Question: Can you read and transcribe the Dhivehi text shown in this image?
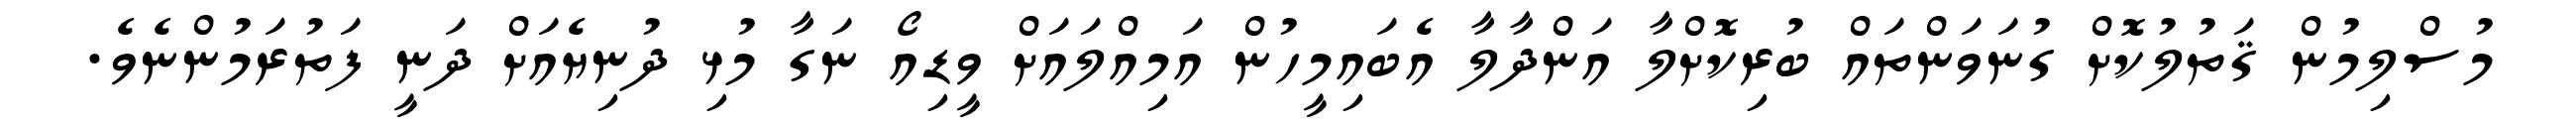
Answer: މުސްލިމުން ޤަތުލުކޮށް ގުނަވަންތައް ބުރިކޮށްލާ އަންދާލާ އެބައިމީހުން އަމިއްލައަށް ވީޑިއޯ ނަގާ މުޅި ދުނިޔެއަށް ދަނީ ފަތުރަމުންނެވެ.